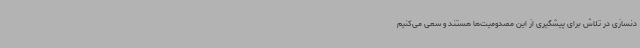
دنسازی در تلاش برای پیشگیری از این مصدومیت‌ها هستند و سعی می‌کنیم